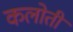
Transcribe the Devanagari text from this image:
कलोती